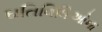
ઘતિવિધિઓના